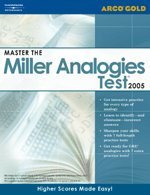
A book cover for Master the Millers Analogies Test (Academic Test Preparation Series); Arco; Test Preparation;